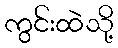
ကွင်းထဲသို့